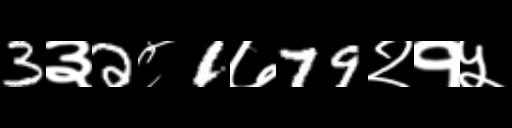
Text: 3३2८1७79२१५